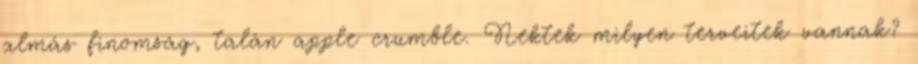
almás finomság, talán apple crumble. Nektek milyen terveitek vannak?